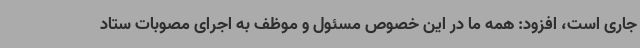
جاری است، افزود: همه ما در این خصوص مسئول و موظف به اجرای مصوبات ستاد